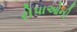
રોપાઓની